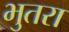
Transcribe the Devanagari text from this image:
भुतरा